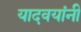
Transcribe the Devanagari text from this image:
यादवयांनी